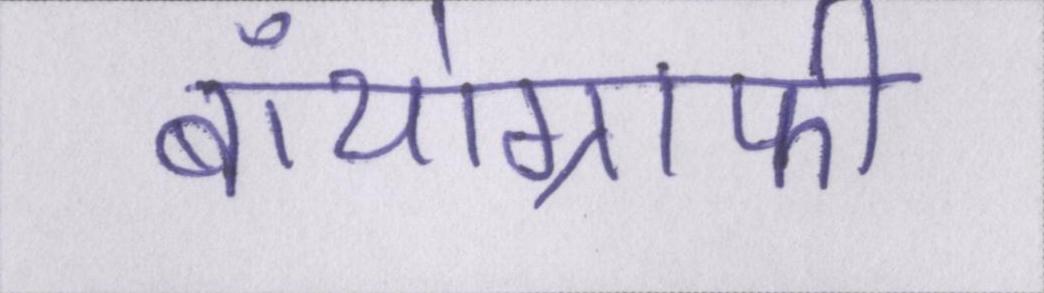
बॉयोग्राफी